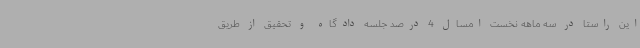
این راستا در سه ماهه نخست امسال 4 درصد جلسه دادگاه و تحقیق از طریق